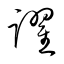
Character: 躍